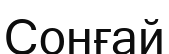
Сонғай